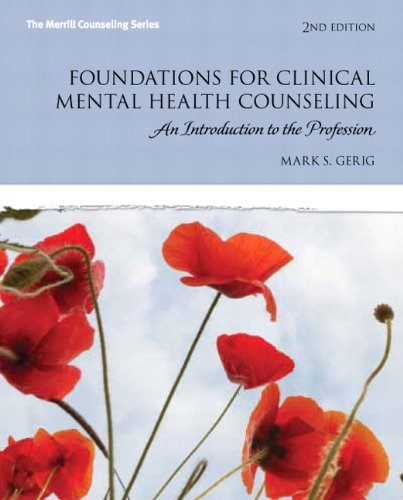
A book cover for Foundations for Clinical Mental Health Counseling: An Introduction to the Profession (2nd Edition) (New 2013 Counseling Titles); Mark S. Gerig; Medical Books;